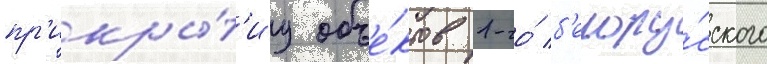
пр'икры́т'иу объе́ктов 1-го́ б'елору́сского